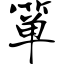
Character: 箪